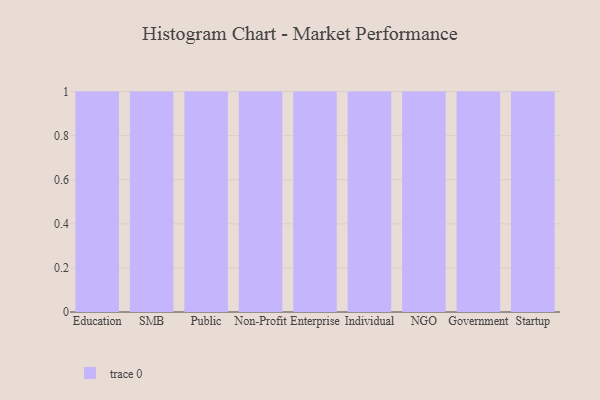
{"axis": {"x": "Segment", "y": "Humidity (%)"}, "legend": [""], "data": [{"x": "Education", "y": 27, "type": ""}, {"x": "SMB", "y": 27, "type": ""}, {"x": "Public", "y": 6, "type": ""}, {"x": "Non-Profit", "y": 87, "type": ""}, {"x": "Enterprise", "y": 28, "type": ""}, {"x": "Individual", "y": 97, "type": ""}, {"x": "NGO", "y": 30, "type": ""}, {"x": "Government", "y": 21, "type": ""}, {"x": "Startup", "y": 75, "type": ""}]}